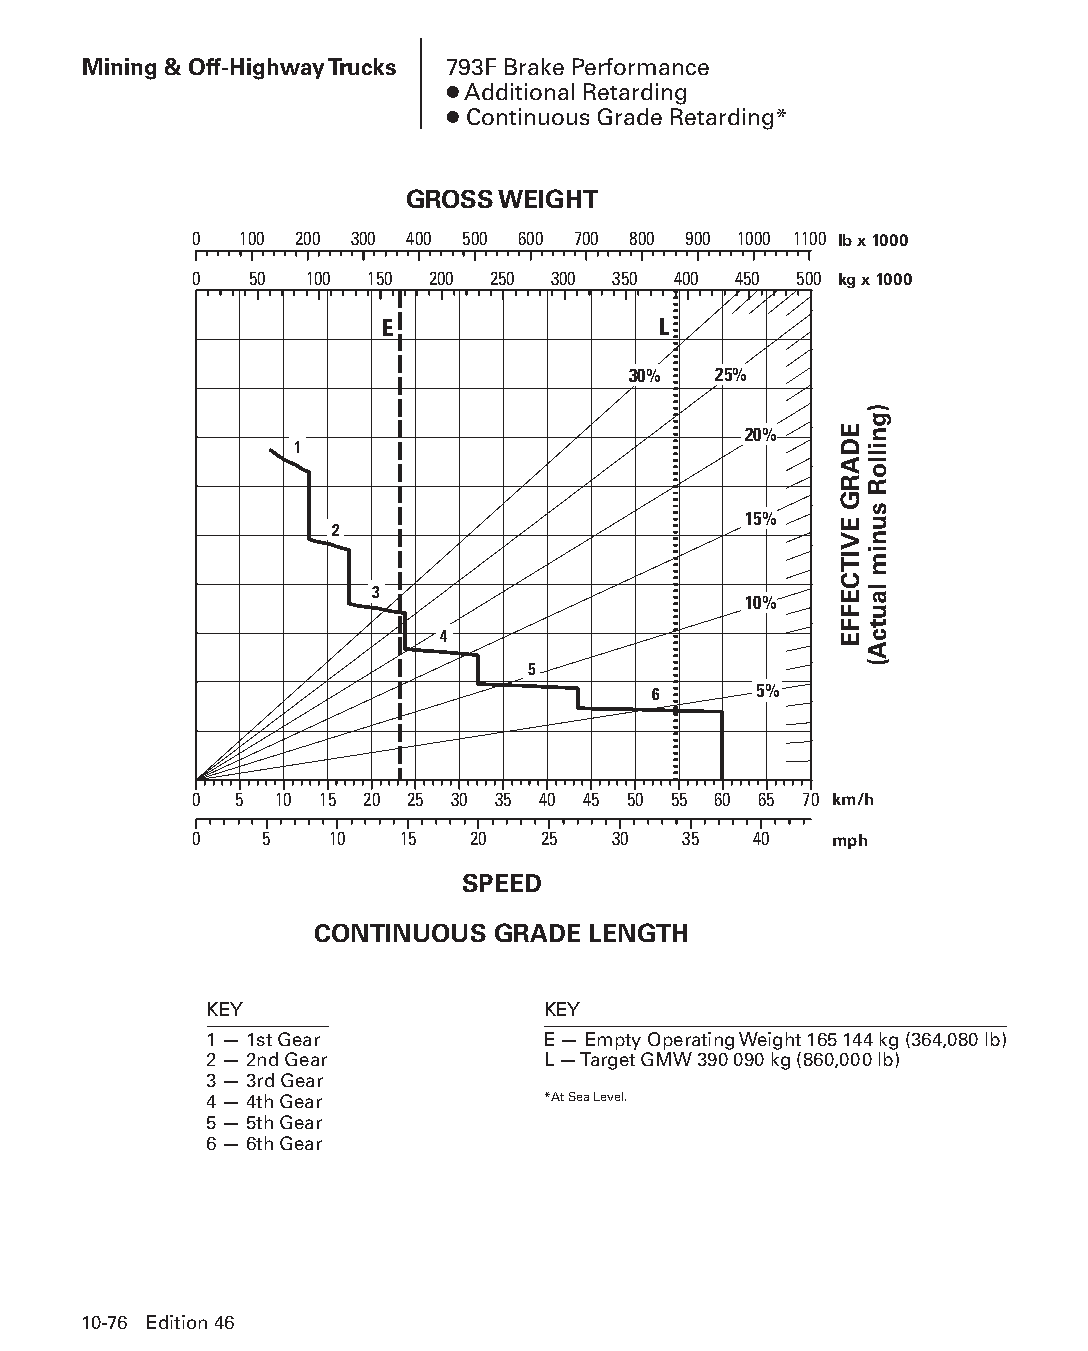
Mining & Off-Highway Trucks 793F Brake Performance
 ● Additional Retarding
 ● Continuous Grade Retarding*
 GROSS WEIGHT
 0  100 200 300 400 500 600 700 800 900 1000 1100
 lb x 1000
 0   50  100 150 200 250 300 350 400 450 500 kg x 1000
 E                 L
 30%   25%
 20%
 1
 15%
 2
 3
 10%
 4
 5
 6     5%
 0  5  10 15 20 25 30 35 40 45 50 55 60 65 70 km/h
 0    5   10   15  20   25   30   35  40   mph
 SPEED
 CONTINUOUS  GRADE LENGTH
 KEY                   KEY
 1 — 1st Gear          E — Empty Operating Weight 165 144 kg (364,080 lb)
 2 — 2nd Gear          L — Target GMW 390 090 kg (860,000 lb)
 3 — 3rd Gear
 4 — 4th Gear          *At Sea Level.
 5 — 5th Gear
 6 — 6th Gear
 10-76 Edition 46
 PPHHBB--SSeecc1100((ppgg5533--8844))..iinndddd 7766            1122//44//1155 1100::4455 AAMM
 EDARG
 EVITCEFFE
 )gnilloR
 sunim
 lautcA(